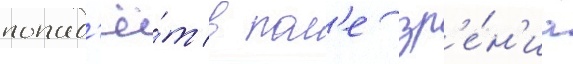
попад'ё́т в пол'е зр'е́н'иа